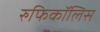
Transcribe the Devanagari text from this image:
रुफिकॉलिस